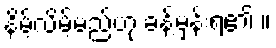
နိမ့်လိမ့်မည်ဟု ခန့်မှန်းရ၏ ။